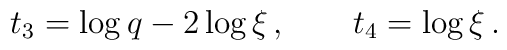
\ t_3=\log q-2\log \xi\,,\qquad  t_4=\log \xi\,.